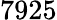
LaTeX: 7925